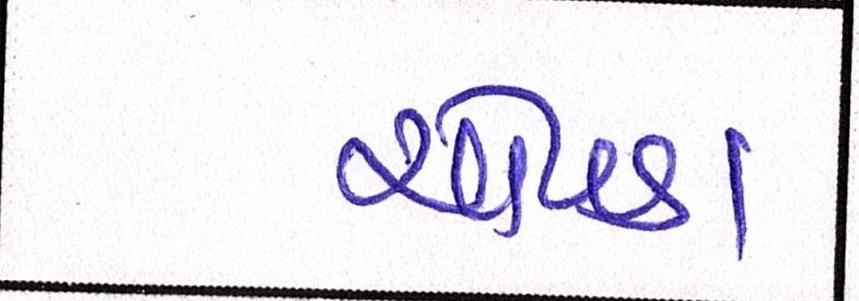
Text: ચોપડા